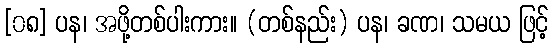
[၀၈] ပန၊ အဖို့တစ်ပါးကား။ (တစ်နည်း) ပန၊ ခဏ၊ သမယ ဖြင့်